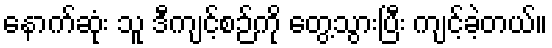
နောက်ဆုံး သူ ဒီကျင့်စဉ်ကို တွေ့သွားပြီး ကျင့်ခဲ့တယ်။